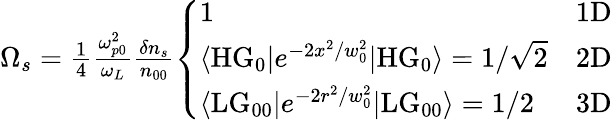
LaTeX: \begin{array}{r}{\Omega_{s}=\frac{1}{4}\frac{\omega_{p0}^{2}}{\omega_{L}}\frac{\delta n_{s}}{n_{00}}\left\{ \begin{array}{ll}{1}&{\mathrm{1D}}\\ {\langle\mathrm{HG}_{0}|e^{-2x^{2}/w_{0}^{2}}|\mathrm{HG}_{0}\rangle=1/\sqrt{2}}&{\mathrm{2D}}\\ {\langle\mathrm{LG}_{00}|e^{-2r^{2}/w_{0}^{2}}|\mathrm{LG}_{00}\rangle=1/2}&{\mathrm{3D}}\end{array}\right.}\end{array}